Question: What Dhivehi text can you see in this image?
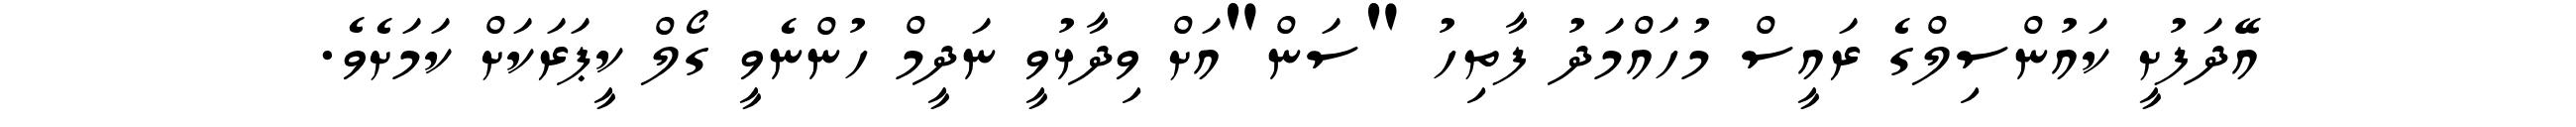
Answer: އޭދަފުށީ ކައުންސިލްގެ ރައީސް މުހައްމަދު ފާތިހު "ސަން"އަށް ވިދާޅުވީ ނަދީމް ހުންނެވީ ގޯލް ކީޕަރަކަށް ކަމަށެވެ.